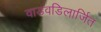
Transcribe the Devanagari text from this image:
वाडवडिलार्जित